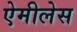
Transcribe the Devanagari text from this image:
ऐमीलेस